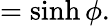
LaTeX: =\sinh\phi.